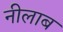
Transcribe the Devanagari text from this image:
नीलाब